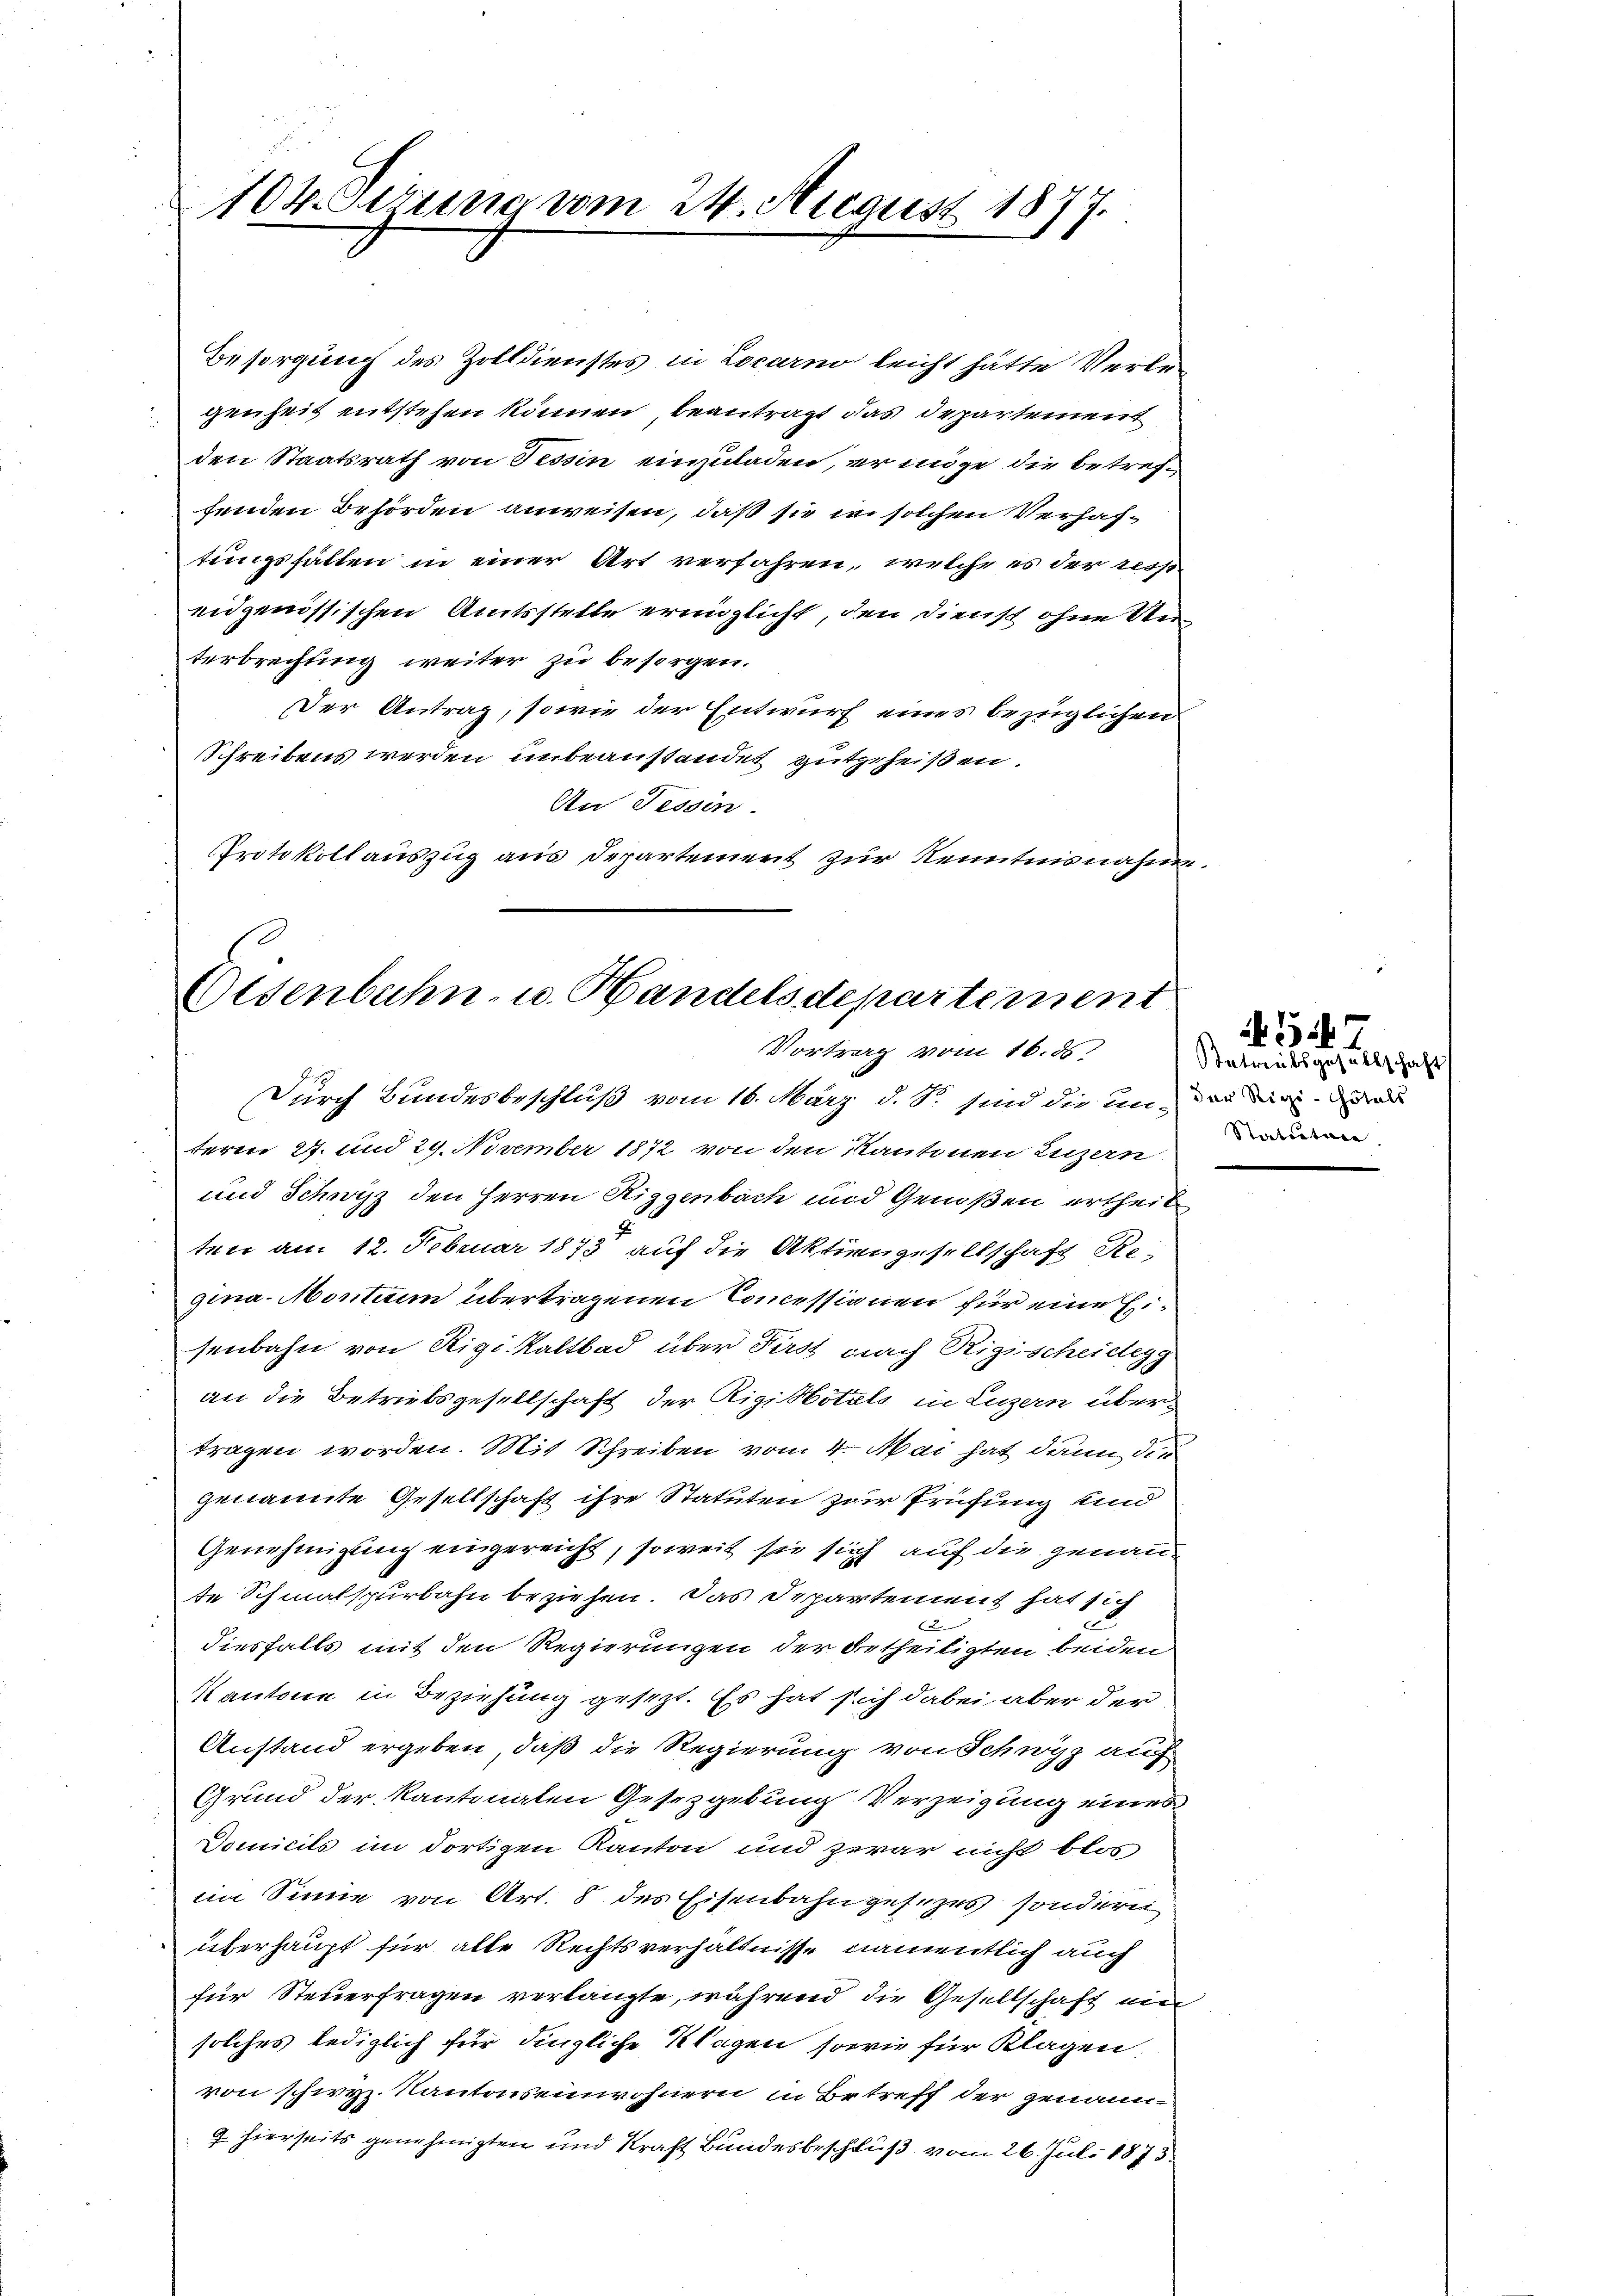
104. Serung vom 24. August 1877.

Besorgung des Zolldienstes in Locarno leicht hätte Verle
genheit entstehen können, beantragt das Departement
den Staatsrath von Tessin einzuladen, er möge die betreffenden Behörden anweisen, daß sie wo solchen Verhaftungsfällen in einer Art verfahren, welche es der resp
eidgenössischen Amtsstelle eringlicht, den Dienst ohne Unterbrechung weiter zu besorgen.
Der Antrag, sowie der Entwurf eines bezüglichen
Schreibens werden unbeanstandet gutgeheißen.
An Tessin.
Protokollauszug aus Departement zur Kenntnisnahme

Eisenbahn- u. Handelsdepartement
Vortrag vom 16. ds.

Durch Bundesbeschluß vom 16. März d. S. sind die in der die da
teren 27. und 29. November 1872 von den Kantonen Luzern
und Schwyz den Herren Riggenbach und Genoßen ertheilten am 12. Februar 1873 auf die Aktiengesellschaft Re-
gina-Montum übertragenen Commissionen für eine Eisenbahn von Rigi kaltbad über First nach Rigischeidegg
an die Betriebsgesellschaft der Rigikotals in Luzern über-
tragen worden. Mit Schreiben vom 4. Mai hat dann die
genannte Gesellschaft ihre Statuten zur Prüfung und
Genehmigung eingereicht, soweit sie sich auf die genaute Schmalspurbahn beziehen. Das Departement hat sich
2
diesfalls mit den Regierungen der betheiligten beiden
Kantone in Beziehung gesezt. Es hat sich dabei aber der
Anstand ergeben, daß die Regierung von Schwyz auf
Grund der kantonalen Gesetzgebung Verzeigung eines
Domicils im dortigen Kanton und zwar nicht blos
im Sinne von Art. 8 des Eisenbahngesezes sondern
überhaupt für alle Rechtsverhältnisse namentlich auch
für Steuerfragen verlangte, während die Gesellschaft ein
solches lediglich für dingliche Klagen sowie für Klagen:
von schien. Kantonseinwohnern in Betreff der genann¬
9. hierseits genehmigten und Kraft Bundesbeschluß vom 26. Juli 1873.

Betreitsgesellschaft
Statutare

4547